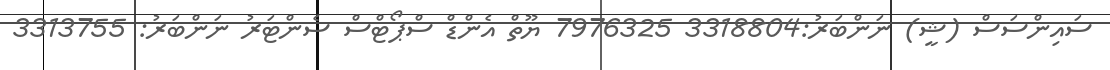
ސައިންސަސް (ޝީ) ނަންބަރު:3318804 7976325 ޔޫތް އެންޑް ސްޕޯޓްސް ސެންޓަރު ނަންބަރު: 3313755